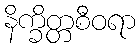
နိက္ခိတ္တစီဝရာ